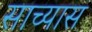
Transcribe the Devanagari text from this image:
साच्यास